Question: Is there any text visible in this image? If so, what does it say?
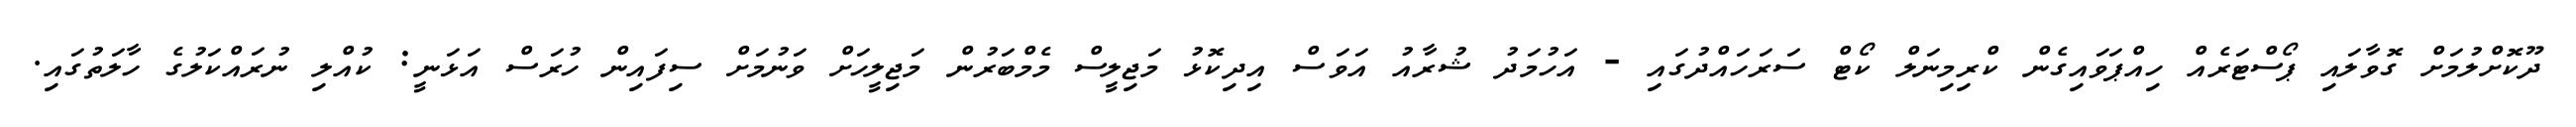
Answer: ދޫކޮށްލުމަށް ގޮވާލައި ޕޯސްޓަރެއް ހިއްޕަވައިގެން ކްރިމިނަލް ކޯޓް ސަރަހައްދުގައި - އަހުމަދު ޝުރާއު އަވަސް އިދިކޮޅު މަޖިލީސް މެމްބަރުން މަޖިލީހަށް ވަނުމަށް ސިފައިން ހުރަސް އަޅަނީ: ކުއްލި ނުރައްކަލުގެ ހާލަތުގައި.